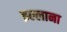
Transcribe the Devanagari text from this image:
इल्लाना